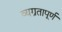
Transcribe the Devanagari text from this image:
व्यग्रतापूर्ण